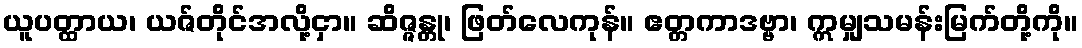
ယူပတ္ထာယ၊ ယဇ်တိုင်အလို့ငှာ။ ဆိဇ္ဇန္တု၊ ဖြတ်လေကုန်။ ဧတ္တကာဒဗ္ဗာ၊ ဣမျှသမန်းမြက်တို့ကို။